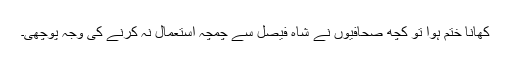
کھانا ختم ہوا تو کچھ صحافیوں نے شاہ فیصل سے چمچہ استعمال نہ کرنے کی وجہ پوچھی۔